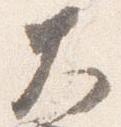
大